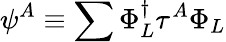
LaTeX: \psi^{A}\equiv\sum\Phi_{L}^{\dagger}\tau^{A}\Phi_{L}